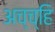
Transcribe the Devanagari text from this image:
अच्च्हि